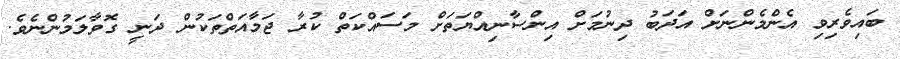
ބައިވެރިވި އެންމެންނަށް އަދަބު ދިނުމަށް އިންސާނިއްޔަތަށް މަސައްކަތް ކުރާ ޖަމާއަތްތަކުން ދަނީ ގޮވާލަމުންނެވެ.